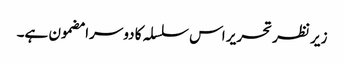
زیر نظر تحریر اس سلسلہ کا دوسرا مضمون ہے۔